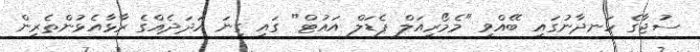
ސުޖާގެ ހަނދާނުގައި ބޭއްވި "މެމޯރިއަލް ޕެޑަލް އައުޓް" ގައި ގިނަ އަދަދެއްގެ ރާޅާއެޅުންތެރިން